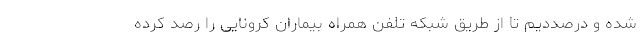
شده و درصددیم تا از طریق شبکه تلفن همراه بیماران کرونایی را رصد کرده